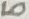
Text: LO